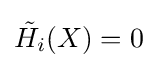
{\tilde {H_{i}}}(X)=0